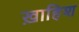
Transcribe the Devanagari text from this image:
ख़ाहिश